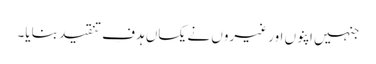
جنہیں اپنوں اور غیروں نے یکساں ہدفِ تنقید بنایا۔